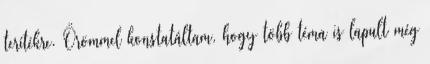
terítékre. Örömmel konstatáltam, hogy több téma is lapult még